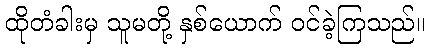
ထိုတံခါးမှ သူမတို့ နှစ်ယောက် ဝင်ခဲ့ကြသည်။